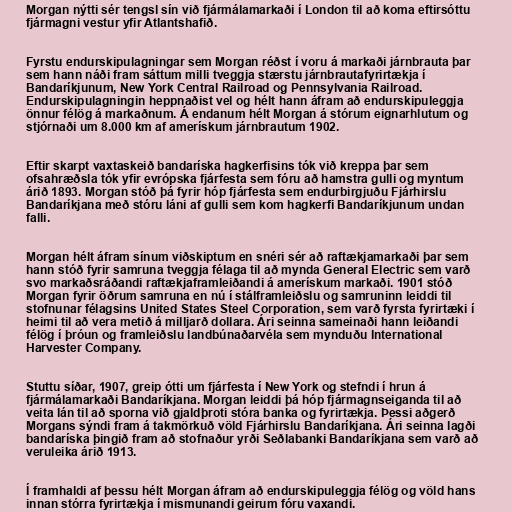
Morgan nýtti sér tengsl sín við fjármálamarkaði í London til að koma eftirsóttu
fjármagni vestur yfir Atlantshafið.

Fyrstu endurskipulagningar sem Morgan réðst í voru á markaði járnbrauta þar
sem hann náði fram sáttum milli tveggja stærstu járnbrautafyrirtækja í
Bandaríkjunum, New York Central Railroad og Pennsylvania Railroad.
Endurskipulagningin heppnaðist vel og hélt hann áfram að endurskipuleggja
önnur félög á markaðnum. Á endanum hélt Morgan á stórum eignarhlutum og
stjórnaði um 8.000 km af amerískum járnbrautum 1902.

Eftir skarpt vaxtaskeið bandaríska hagkerfisins tók við kreppa þar sem
ofsahræðsla tók yfir evrópska fjárfesta sem fóru að hamstra gulli og myntum
árið 1893. Morgan stóð þá fyrir hóp fjárfesta sem endurbirgjuðu Fjárhirslu
Bandaríkjana með stóru láni af gulli sem kom hagkerfi Bandaríkjunum undan
falli.

Morgan hélt áfram sínum viðskiptum en snéri sér að raftækjamarkaði þar sem
hann stóð fyrir samruna tveggja félaga til að mynda General Electric sem varð
svo markaðsráðandi raftækjaframleiðandi á amerískum markaði. 1901 stóð
Morgan fyrir öðrum samruna en nú í stálframleiðslu og samruninn leiddi til
stofnunar félagsins United States Steel Corporation, sem varð fyrsta fyrirtæki í
heimi til að vera metið á milljarð dollara. Ári seinna sameinaði hann leiðandi
félög í þróun og framleiðslu landbúnaðarvéla sem mynduðu International
Harvester Company.

Stuttu síðar, 1907, greip ótti um fjárfesta í New York og stefndi í hrun á
fjármálamarkaði Bandaríkjana. Morgan leiddi þá hóp fjármagnseiganda til að
veita lán til að sporna við gjaldþroti stóra banka og fyrirtækja. Þessi aðgerð
Morgans sýndi fram á takmörkuð völd Fjárhirslu Bandaríkjana. Ári seinna lagði
bandaríska þingið fram að stofnaður yrði Seðlabanki Bandaríkjana sem varð að
veruleika árið 1913.

Í framhaldi af þessu hélt Morgan áfram að endurskipuleggja félög og völd hans
innan stórra fyrirtækja í mismunandi geirum fóru vaxandi.